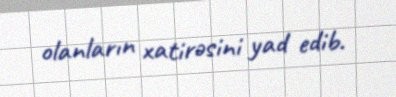
olanların xatirəsini yad edib.